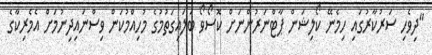
"ދިވެހި ސަރުކާރުގައި ހިމެނޭ ކޯލިޝަން ޕާޓްނަރުންނަށް ކޮސޯވޯ ބަލައިގަތުމުގެ މުހިއްމުކަން ވިސްނައިދިނުމަށް އެމެރިކާގެ